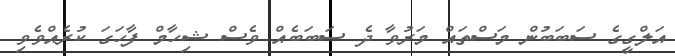
އަލްގީގެ ސަބަބުން މަސްތައް މަރުވާ ދެ ސަބަބެއް ވެސް ޝިހާމް ފާހަގަ ކުރެއްވެވި